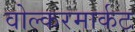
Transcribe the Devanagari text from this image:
वोल्करमार्कट